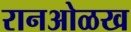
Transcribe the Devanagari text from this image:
रानओळख